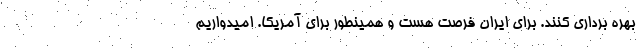
بهره برداری کنند. برای ایران فرصت هست و همینطور برای آمریکا. امیدواریم